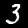
Digit: 3